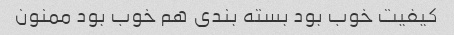
کیفیت خوب بود بسته بندی هم خوب بود ممنون